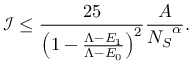
\mathcal I \leq \frac { 2 5 } { \left( 1 - \frac { \Lambda - E _ { 1 } } { \Lambda - E _ { 0 } } \right) ^ { 2 } } \frac { A } { { N _ { S } } ^ { \alpha } } .